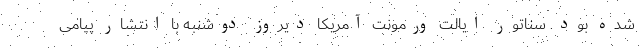
شده بود. سناتور ایالت ورمونت آمریکا دیروز دوشنبه با انتشار پیامی